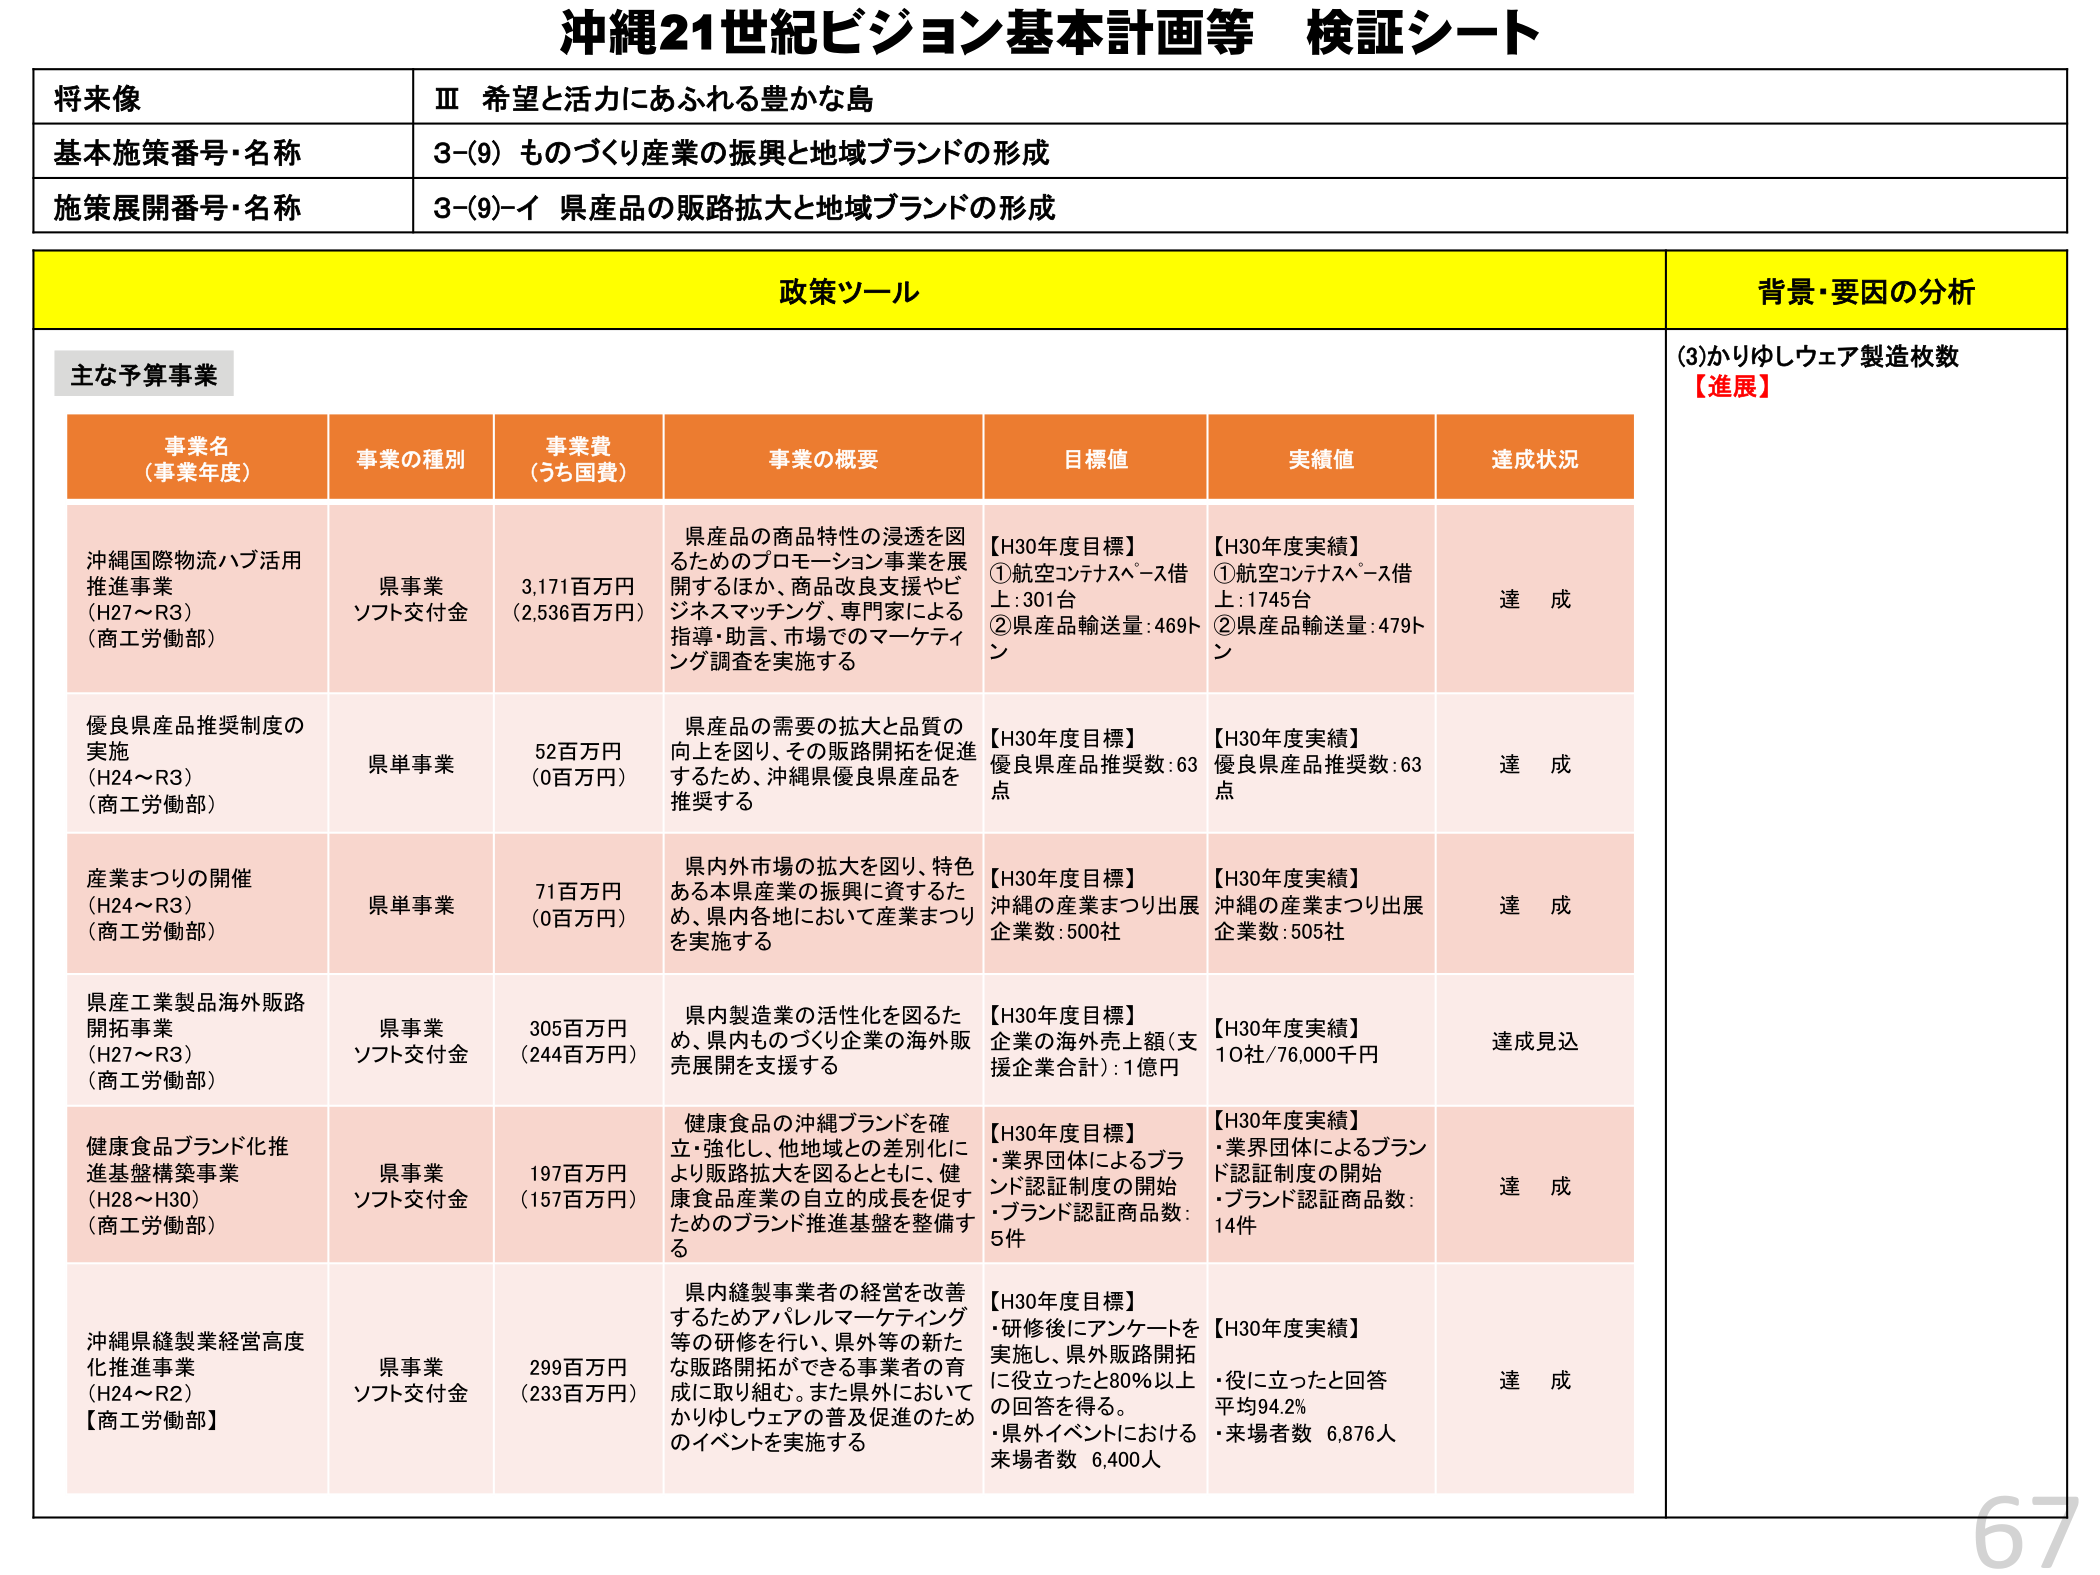
沖縄21世紀ビジョン基本計画等 検証シート

将来像
Ⅲ 希望と活力にあふれる豊かな島

基本施策番号・名称
3-(9) ものづくり産業の振興と地域ブランドの形成

施策展開番号・名称
3-(9)-イ 県産品の販路拡大と地域ブランドの形成

政策ツール

主な予算事業

事業名（事業年度）
事業の種別
事業費（うち国費）
事業の概要
目標値
実績値
達成状況

沖縄国際物流ハブ活用推進事業（H27～R3）（商工労働部）
県事業 ソフト交付金
3,171百万円（2,536百万円）
県産品の商品特性の浸透を図るためのプロモーション事業を展開するほか、商品改良支援やビジネスマッチング、専門家による指導・助言、市場でのマーケティング調査を実施する
【H30年度目標】①航空コンテナスペース借上：301台 ②県産品輸送量：469トン
【H30年度実績】①航空コンテナスペース借上：1745台 ②県産品輸送量：479トン
達成

優良県産品推奨制度の実施（H24～R3）（商工労働部）
県単事業
52百万円（0百万円）
県産品の需要の拡大と品質の向上を図り、その販路開拓を促進するため、沖縄県優良県産品を推奨する
【H30年度目標】優良県産品推奨数：63点
【H30年度実績】優良県産品推奨数：63点
達成

産業まつりの開催（H24～R3）（商工労働部）
県単事業
71百万円（0百万円）
県内外市場の拡大を図り、特色ある本県産業の振興に資するため、県内各地において産業まつりを実施する
【H30年度目標】沖縄の産業まつり出展企業数：500社
【H30年度実績】沖縄の産業まつり出展企業数：505社
達成

県産工業製品海外販路開拓事業（H27～R3）（商工労働部）
県事業 ソフト交付金
305百万円（244百万円）
県内製造業の活性化を図るため、県内ものづくり企業の海外販売展開を支援する
【H30年度目標】企業の海外売上額（支援企業合計）：1億円
【H30年度実績】10社/76,000千円
達成見込

健康食品ブランド化推進基盤構築事業（H28～H30）（商工労働部）
県事業 ソフト交付金
197百万円（157百万円）
健康食品の沖縄ブランドを確立・強化し、他地域との差別化により販路拡大を図るとともに、健康食品産業の自立的成長を促すためのブランド推進基盤を整備する
【H30年度目標】・業界団体によるブランド認証制度の開始 ・ブランド認証商品数：5件
【H30年度実績】・業界団体によるブランド認証制度の開始 ・ブランド認証商品数：14件
達成

沖縄県縫製業経営高度化推進事業（H24～R2）【商工労働部】
県事業 ソフト交付金
299百万円（233百万円）
県内縫製事業者の経営を改善するためアパレルマーケティング等の研修を行い、県外等の新たな販路開拓ができる事業者の育成に取り組む。また県外においてかりゆしウェアの普及促進のためのイベントを実施する
【H30年度目標】・研修後にアンケートを実施し、県外販路開拓に役立ったと80％以上の回答を得る。・県外イベントにおける来場者数 6,400人
【H30年度実績】・役に立ったと回答平均94.2％ ・来場者数 6,876人
達成

背景・要因の分析

(3)かりゆしウェア製造枚数
【進展】

67